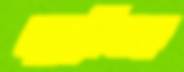
জুড়ীসহ